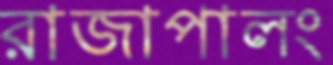
রাজাপালং